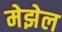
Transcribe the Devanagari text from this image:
मेझेल